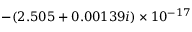
- ( 2 . 5 0 5 + 0 . 0 0 1 3 9 i ) \times 1 0 ^ { - 1 7 }